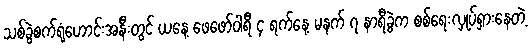
သစ်ခွဲစက်ရုံဟောင်းအနီးတွင် ယနေ့ ဖေဖော်ဝါရီ ၄ ရက်နေ့ မနက် ၇ နာရီခွဲက စစ်ရေးလှုပ်ရှားနေတဲ့